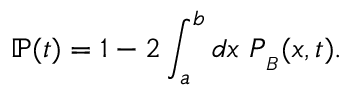
\mathbb { P } ( t ) = 1 - 2 \int _ { a } ^ { b } d x \ P _ { _ B } ( x , t ) .